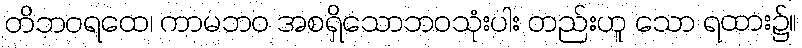
တိဘဝရထေ၊ ကာမဘဝ အစရှိသောဘဝသုံးပါး တည်းဟူ သော ရထား၌။